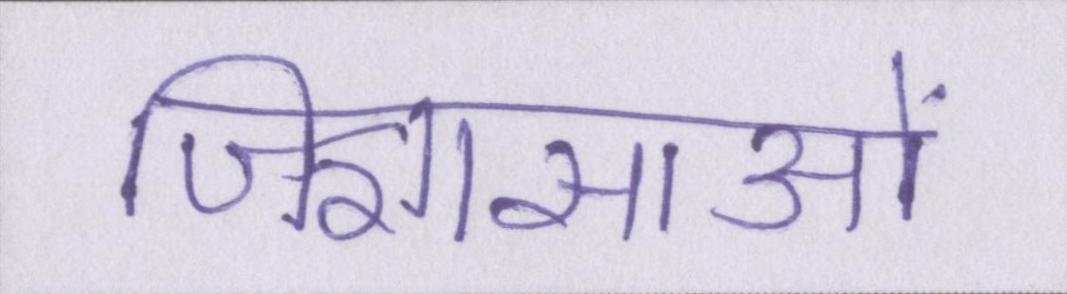
जिज्ञासाओं